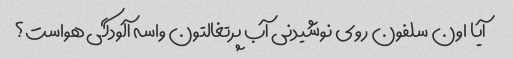
آیا اون سلفون روی نوشیدنی آب پرتغالتون واسه آلودگی هواست؟